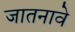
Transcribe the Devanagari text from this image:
जातनावे